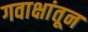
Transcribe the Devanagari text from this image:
गवाक्षांतून